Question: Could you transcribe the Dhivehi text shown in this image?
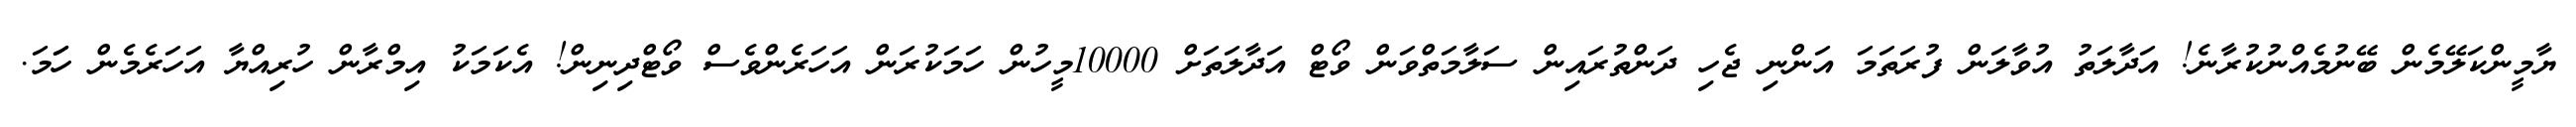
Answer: ޔާމީންކަލޭމެން ބޭނުމެއްނުކުރާނެ! އަދާލަތު އުވާލަން ފުރަތަމަ އަންނި ޖެހި ދަންތުރައިން ސަލާމަތްވަން ވޯޓް އަދާލަތަށް 10000މީހުން ހަމަކުރަން އަހަރެންވެސް ވޯޓްދިނިން! އެކަމަކު އިމްރާން ހުރިއްޔާ އަހަރެމެން ހަަމަ.